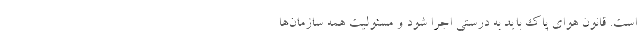
است. قانون هوای پاک باید به درستی اجرا شود و مسئولیت همه سازمان‌ها